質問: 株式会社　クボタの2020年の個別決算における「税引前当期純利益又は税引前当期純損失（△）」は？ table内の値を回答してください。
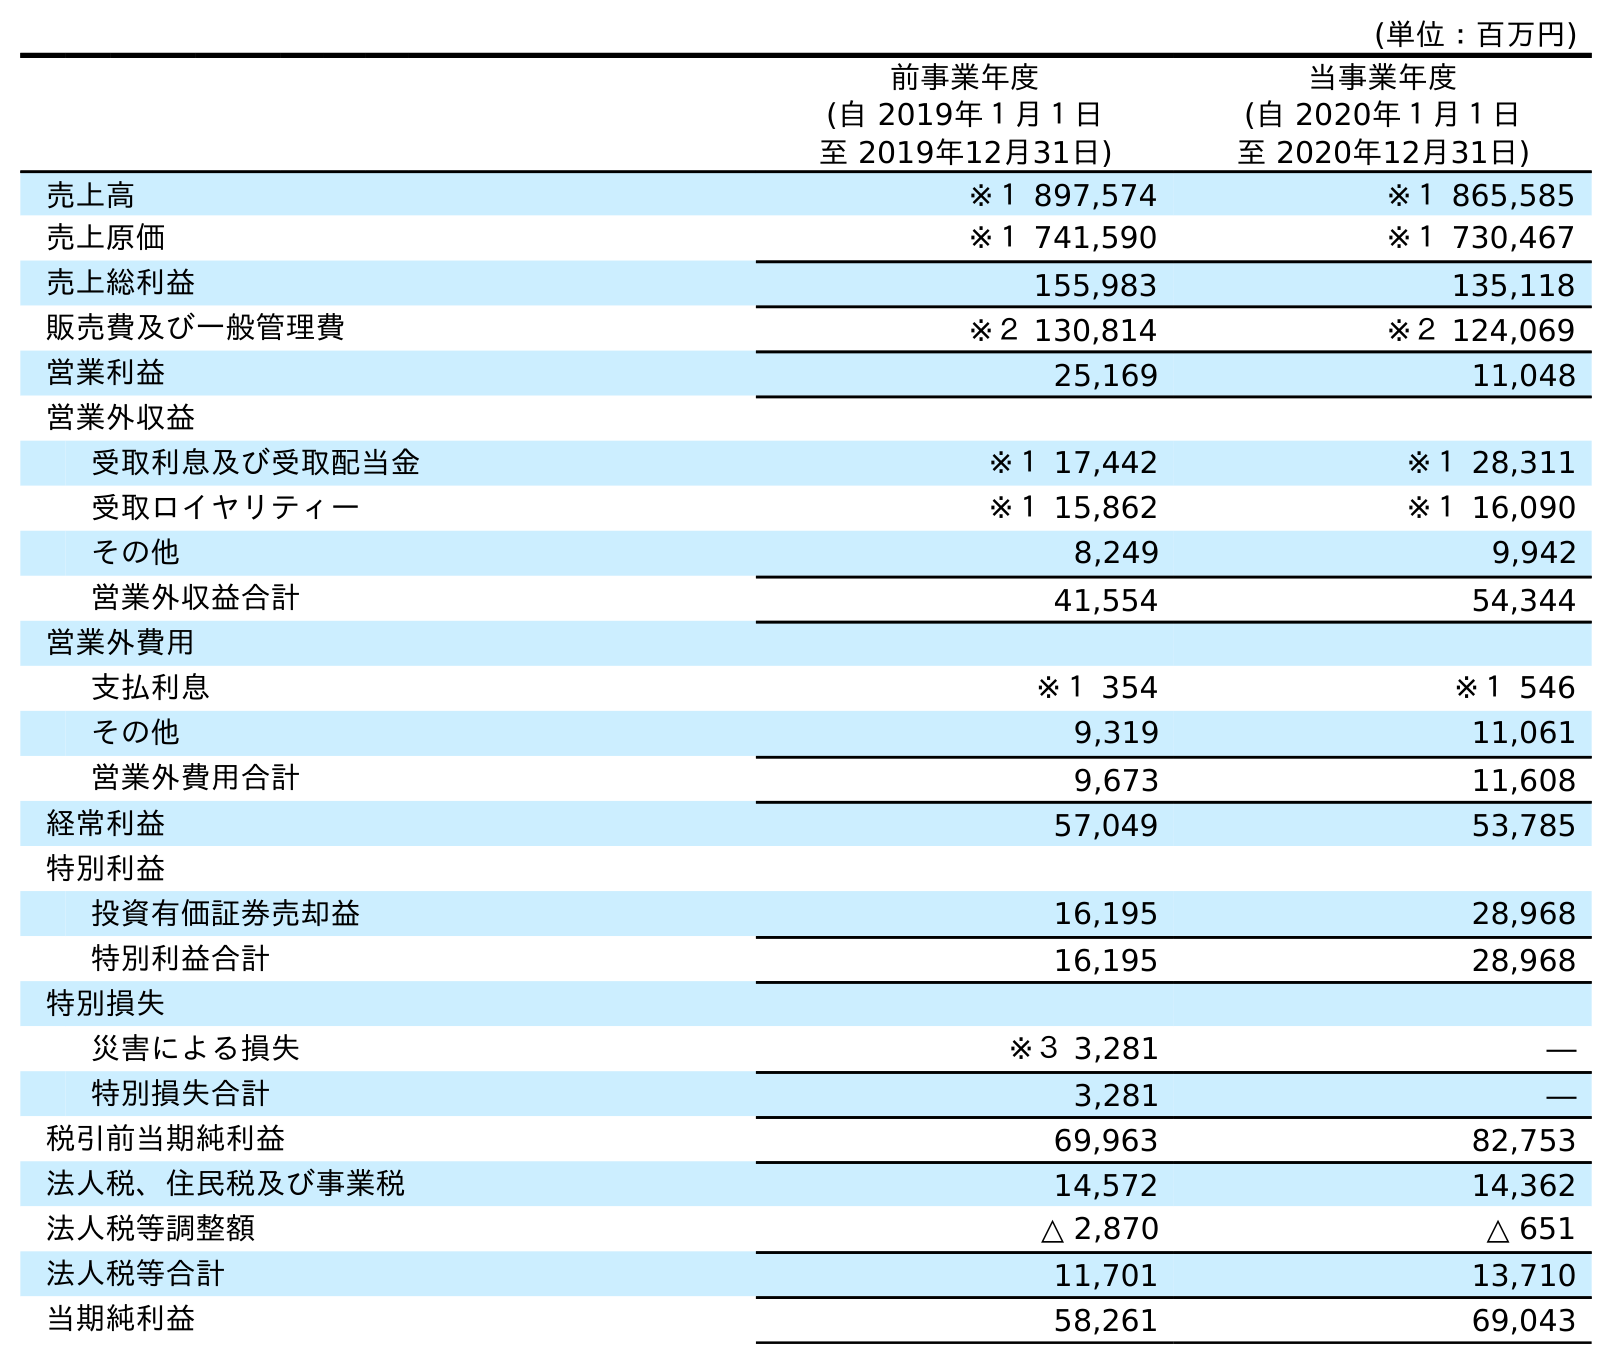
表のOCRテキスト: (単位：百万円) 前事業年度 (自 2019年１月１日 至 2019年12月31日) 当事業年度 (自 2020年１月１日 至 2020年12月31日) 売上高 ※１ 897,574 ※１ 865,585 売上原価 ※１ 741,590 ※１ 730,467 売上総利益 155,983 135,118 販売費及び一般管理費 ※２ 130,814 ※２ 124,069 営業利益 25,169 11,048 営業外収益 受取利息及び受取配当金 ※１ 17,442 ※１ 28,311 受取ロイヤリティー ※１ 15,862 ※１ 16,090 その他 8,249 9,942 営業外収益合計 41,554 54,344 営業外費用 支払利息 ※１ 354 ※１ 546 その他 9,319 11,061 営業外費用合計 9,673 11,608 経常利益 57,049 53,785 特別利益 投資有価証券売却益 16,195 28,968 特別利益合計 16,195 28,968 特別損失 災害による損失 ※３ 3,281 ― 特別損失合計 3,281 ― 税引前当期純利益 69,963 82,753 法人税、住民税及び事業税 14,572 14,362 法人税等調整額 △ 2,870 △ 651 法人税等合計 11,701 13,710 当期純利益 58,261 69,043
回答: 82,753